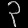
Digit: ၃